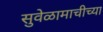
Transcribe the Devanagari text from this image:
सुवेळामाचीच्या